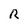
Character: R